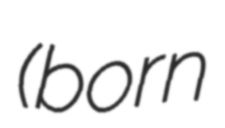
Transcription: (born